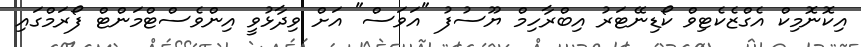
އިކޮނޮމިކް އެގްޒެކެޓިވް ކޯޑިނޭޓަރު އިބްރާހިމް ޔޫސުފު "އަވަސް" އަށް ވިދާޅުވީ އިންވެސްޓްމަންޓް ފޯރަމްގައި